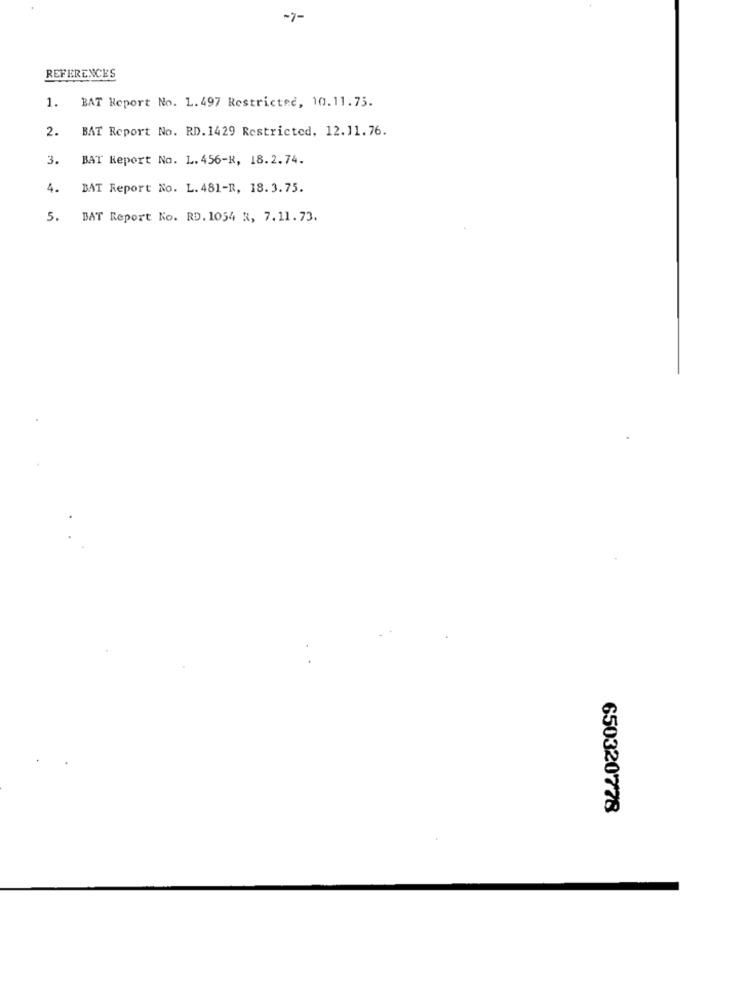
-7-
REFERENCES
1.
BAT Report No. 1. 497 Restricted, 10.11.75.
2.
BAT Report No. RD. 1429 Restricted, 12.11. 76.
3.
BAT Report No. L. 456-R, 18.2.74.
4.
BAT Report No. L. 481-R, 18.3.75.
5.
BAT Report No. RD. 1054 R, 7.11.73.
650320778